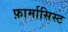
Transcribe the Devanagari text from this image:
फ़ार्मासिस्ट